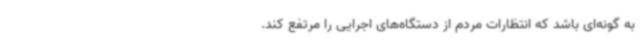
به گونه‌ای باشد که انتظارات مردم از دستگاه‌های اجرایی را مرتفع کند.